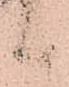
候